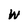
Character: W